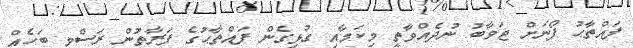
ފައްތާޙު ފޯނަށް ޖަވާބު ނުދެއްވާތީ މިކަމާއި ގުޅިގެން ފައްތާޙުގެ ފަރާތުން ރަސްމީ ބަހެއް